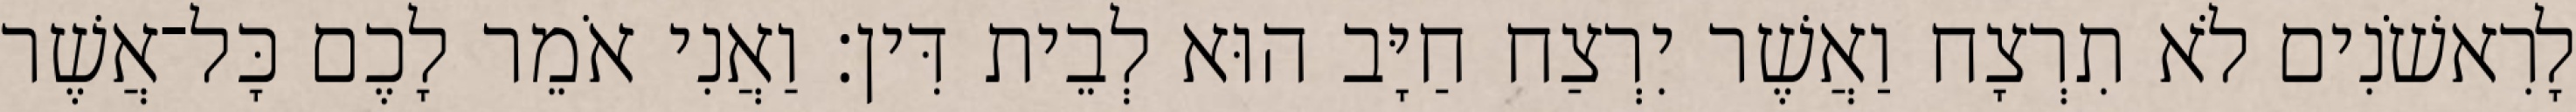
לָרִאשֹׁנִים לֹא תִרְצָח וַאֲשֶׁר יִרְצַח חַיָּב הוּא לְבֵית דִּין׃ וַאֲנִי אֹמֵר לָכֶם כָּל־אֲשֶׁר